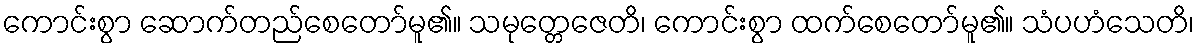
ကောင်းစွာ ဆောက်တည်စေတော်မူ၏။ သမုတ္တေဇေတိ၊ ကောင်းစွာ ထက်စေတော်မူ၏။ သံပဟံသေတိ၊